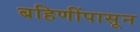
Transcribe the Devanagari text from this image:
बहिणींपासून